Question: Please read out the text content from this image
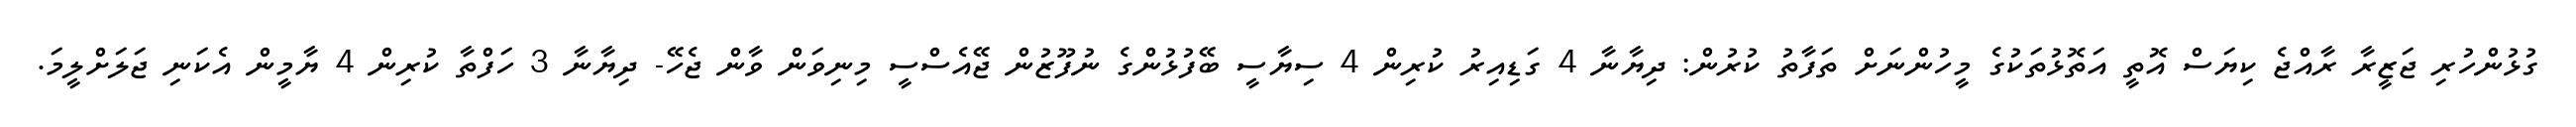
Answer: ގުޅުންހުރި ޖަޒީރާ ރާއްޖެ ކިޔަސް އޮތީ އަތޮޅުތަކުގެ މީހުންނަށް ތަފާތު ކުރުން: ދިޔާނާ 4 ގަޑިއިރު ކުރިން 4 ސިޔާސީ ބޭފުޅުންގެ ނުފޫޒުން ޖޭއެސްސީ މިނިވަން ވާން ޖެހޭ- ދިޔާނާ 3 ހަފްތާ ކުރިން 4 ޔާމީން އެކަނި ޖަލަށްލީމަ.